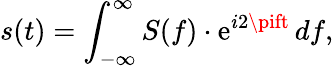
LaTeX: s(t)=\int_{-\infty}^{\infty}S(f)\cdot\mathrm{e}^{i2\pift}\, df,